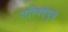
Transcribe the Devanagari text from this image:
परिषदेपुढे